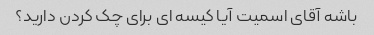
باشه آقای اسمیت آیا کیسه ای برای چک کردن دارید؟